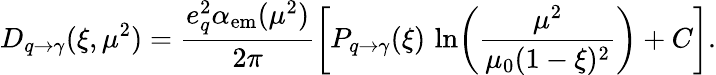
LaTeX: D_{q\to\gamma}(\xi,\mu^{2})=\frac{e_{q}^{2}\alpha_{\mathrm{em}}(\mu^{2})}{2\pi}\left[P_{q\to\gamma}(\xi)\, \ln\! \left(\frac{\mu^{2}}{\mu_{0}(1-\xi)^{2}}\right)+C\right].